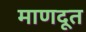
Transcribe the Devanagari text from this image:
माणदूत